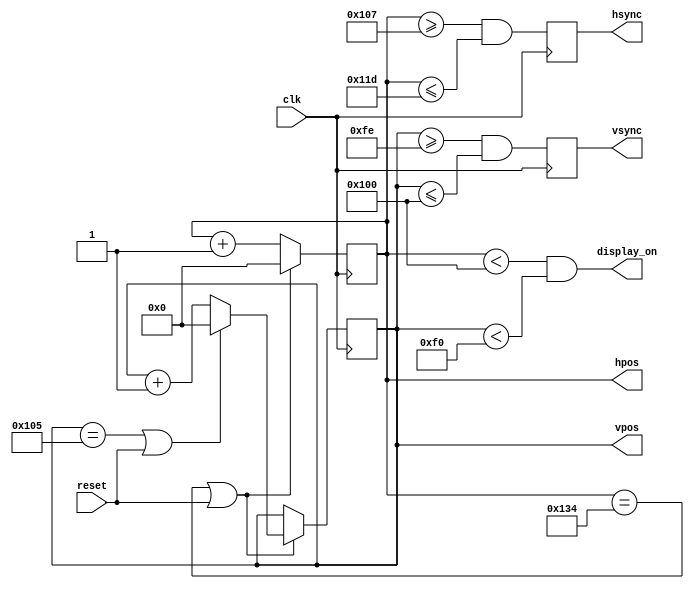
// This file has been modified from hvsync_generator.v (https://github.com/sehugg/fpga-examples/blob/master/ice40/hvsync_generator.v)
// by sehugg (https://github.com/sehugg), which is in the public domain (CC0)
// https://creativecommons.org/publicdomain/zero/1.0/

// gwholtha1 added parameters and logic to allow for either positive or negative sync polarity

`ifndef HVSYNC_GENERATOR_H
`define HVSYNC_GENERATOR_H

/*
Video sync generator, used to drive a simulated CRT.
To use:
- Wire the hsync and vsync signals to top level outputs
- Add a 3-bit (or more) "rgb" output to the top level
*/

module hvsync_generator(clk, reset, hsync, vsync, display_on, hpos, vpos);

  input clk;
  input reset;
  output reg hsync, vsync;
  output display_on;
  output reg [8:0] hpos;
  output reg [8:0] vpos;

  // declarations for TV-simulator sync parameters
  // horizontal constants
  parameter H_DISPLAY       = 256; // horizontal display width
  parameter H_BACK          =  23; // horizontal left border (back porch)
  parameter H_FRONT         =   7; // horizontal right border (front porch)
  parameter H_SYNC          =  23; // horizontal sync width
  parameter H_SYNC_POLARITY =   0; // gwholtha1 0 for positive polarity, 1 for negative polarity
  // vertical constants
  parameter V_DISPLAY       = 240; // vertical display height
  parameter V_TOP           =   5; // vertical top border
  parameter V_BOTTOM        =  14; // vertical bottom border
  parameter V_SYNC          =   3; // vertical sync # lines
  parameter V_SYNC_POLARITY =   0; // gwholtha1 0 for positive polarity, 1 for negative polarity

  // derived constants
  parameter H_SYNC_START    = H_DISPLAY + H_FRONT;
  parameter H_SYNC_END      = H_DISPLAY + H_FRONT + H_SYNC - 1;
  parameter H_MAX           = H_DISPLAY + H_BACK + H_FRONT + H_SYNC - 1;
  parameter V_SYNC_START    = V_DISPLAY + V_BOTTOM;
  parameter V_SYNC_END      = V_DISPLAY + V_BOTTOM + V_SYNC - 1;
  parameter V_MAX           = V_DISPLAY + V_TOP + V_BOTTOM + V_SYNC - 1;

  wire hmaxxed = (hpos == H_MAX) || reset;	// set when hpos is maximum
  wire vmaxxed = (vpos == V_MAX) || reset;	// set when vpos is maximum
  
  // horizontal position counter
  always @(posedge clk)
  begin
    // gwholtha1 if negative polarity is selected, xor the sync signal with 1 to invert
    hsync <= (H_SYNC_POLARITY ^ (hpos>=H_SYNC_START && hpos<=H_SYNC_END));
    if(hmaxxed)
      hpos <= 0;
    else
      hpos <= hpos + 1;
  end

  // vertical position counter
  always @(posedge clk)
  begin
    // gwholtha1 if negative polarity is selected, xor the sync signal with 1 to invert
    vsync <= (V_SYNC_POLARITY ^ (vpos>=V_SYNC_START && vpos<=V_SYNC_END));
    if(hmaxxed)
      if (vmaxxed)
        vpos <= 0;
      else
        vpos <= vpos + 1;
  end
  
  // display_on is set when beam is in "safe" visible frame
  assign display_on = (hpos<H_DISPLAY) && (vpos<V_DISPLAY);

endmodule

`endif